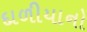
દાળીયાનો